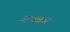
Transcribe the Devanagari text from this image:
अन्ध्कार